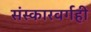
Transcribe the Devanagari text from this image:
संस्कारवर्गही